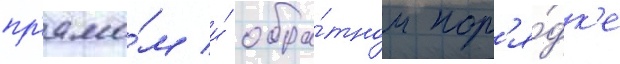
пр'ямо́м и́ обра́тном пор'я́дк'е